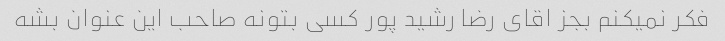
فکر نمیکنم بجز اقای رضا رشید پور کسی بتونه صاحب این عنوان بشه